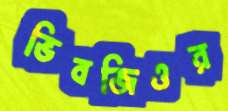
ভিবজিওর